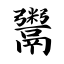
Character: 鬻